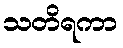
သတိရကာ